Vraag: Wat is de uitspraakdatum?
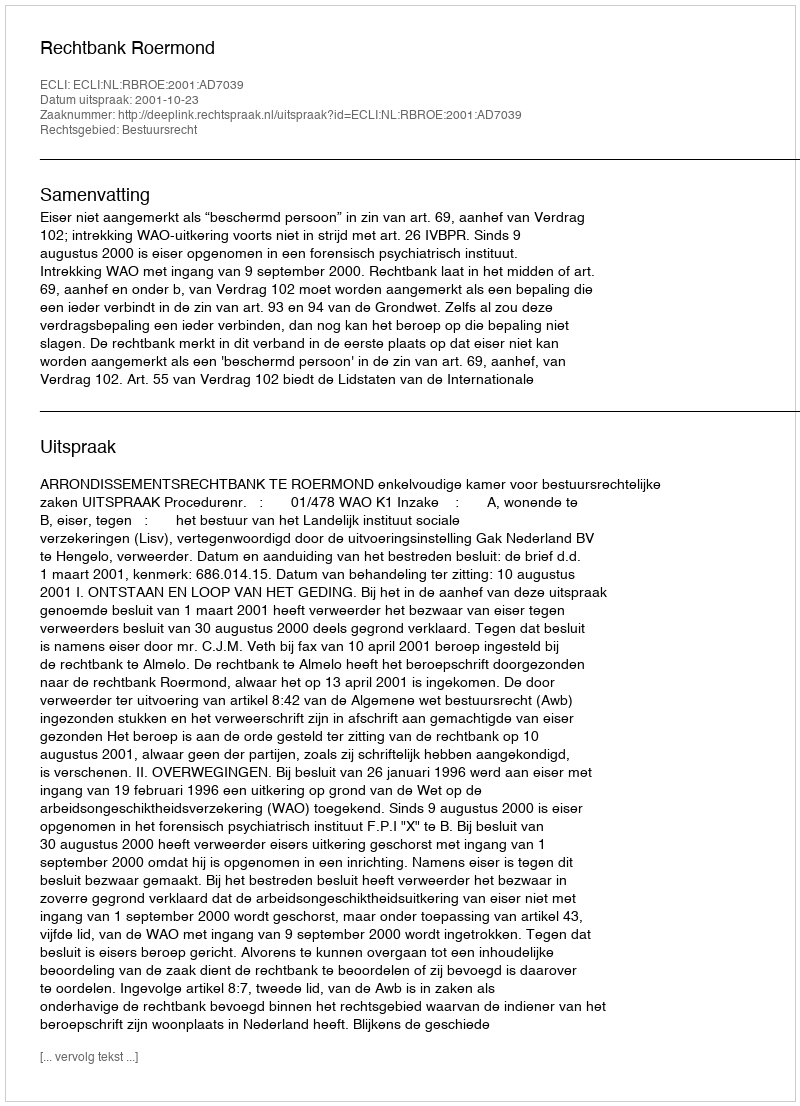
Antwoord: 2001-10-23